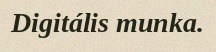
Digitális munka.